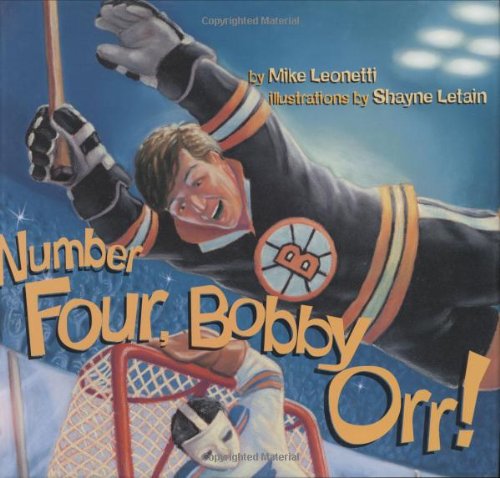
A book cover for Number Four, Bobby Orr! (Hockey Heroes Series); Mike Leonetti; Children's Books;